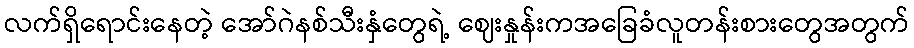
လက်ရှိရောင်းနေတဲ့ အော်ဂဲနစ်သီးနှံတွေရဲ့ ဈေးနှုန်းကအခြေခံလူတန်းစားတွေအတွက်